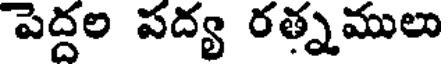
పెద్దల పద్య రత్నములు